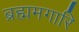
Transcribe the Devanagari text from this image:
ब्रह्ममगारि